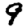
Digit: 9